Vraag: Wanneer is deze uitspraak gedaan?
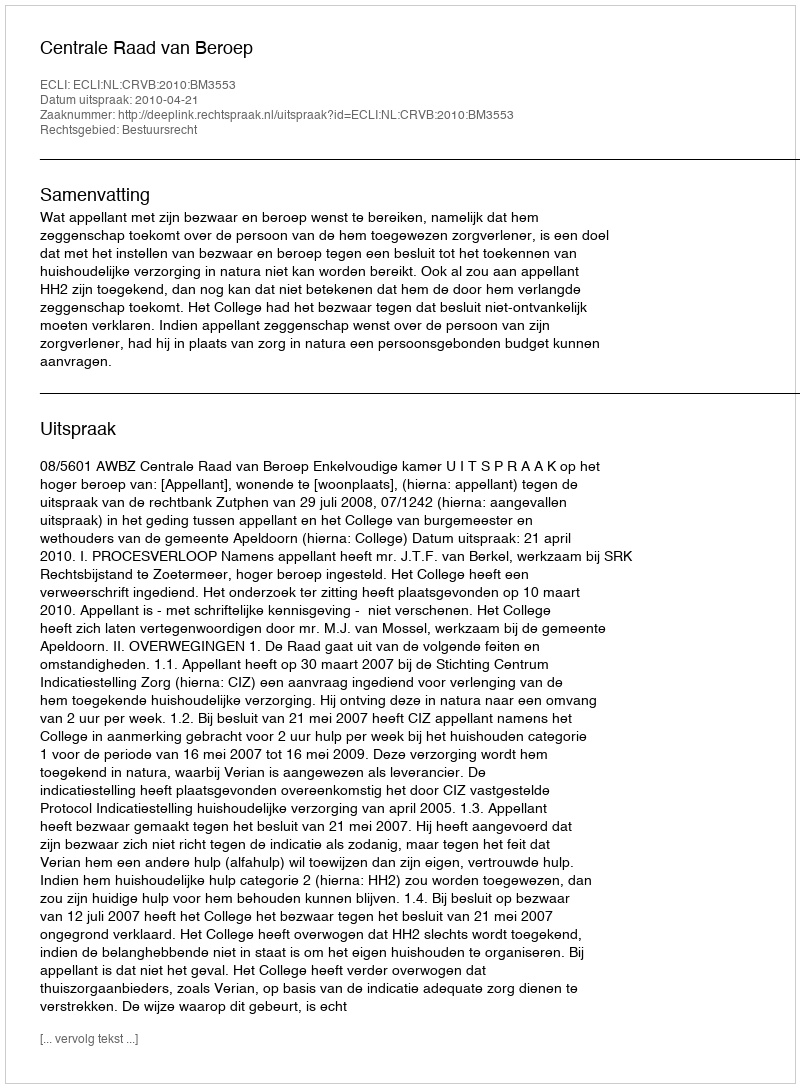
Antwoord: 2010-04-21